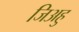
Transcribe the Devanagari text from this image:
जिअहु